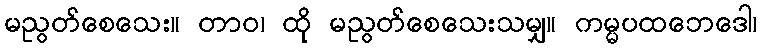
မညွတ်စေသေး။ တာဝ၊ ထို မညွတ်စေသေးသမျှ။ ကမ္မပထဘေဒေါ၊